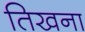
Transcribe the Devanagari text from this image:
तिखना